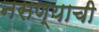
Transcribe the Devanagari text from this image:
नसण्याची